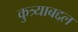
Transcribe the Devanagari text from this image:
कुत्र्याबद्दल